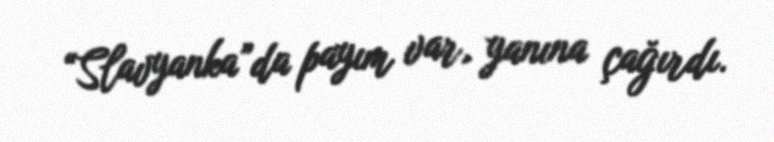
“Slavyanka”da payım var, yanına çağırdı.